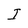
Character: I